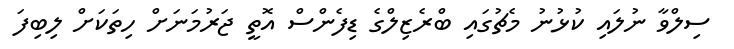
ސިލްވާ ނުލައި ކުޅުނު މެޗުގައި ބްރެޒިލްގެ ޑިފެންސް އޮތީ ޖަރުމަނަށް ހިތަކަށް ލިބިފަ